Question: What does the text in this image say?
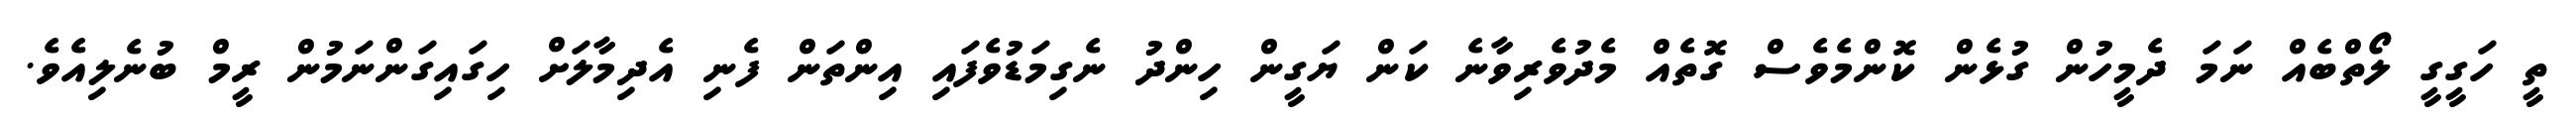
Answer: ތީ ހަގީގީ ލޯތްބެއް ނަމަ ދެމީހުން ގުޅެން ކޮންމެވެސް ގޮތެއް މެދުވެރިވާނެ ކަން ޔަގީން ހިންދު ނެގިމަޑުވެފައި އިންތަން ފެނި އެދިމާލަށް ހިގައިގަންނަމުން ރީމް ބުނެލިއެވެ.